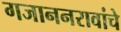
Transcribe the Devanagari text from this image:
गजाननरावांचे